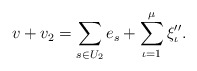
\begin{align*}v+v_2=\sum_{s\in U_2}e_s + \sum_{\iota=1}^\mu \xi''_{\iota} .\end{align*}